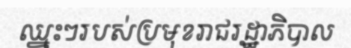
ឈ្នះៗរបស់ប្រមុខរាជរដ្ឋាភិបាល